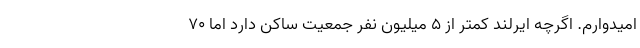
امیدوارم. اگرچه ایرلند کمتر از ۵ میلیون نفر جمعیت ساکن دارد اما ۷۰